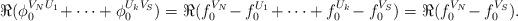
LaTeX: \begin{align*}\Re (\phi^{V_NU_1}_0 \!+ \dots + \phi^{U_kV_S}_0) = \Re (f^{V_N}_0 \!- f^{U_1}_0 \!+ \dots + f^{U_k}_0 \!- f^{V_S}_0) = \Re(f^{V_N}_0 \!- f^{V_S}_0) \rlap{.} \end{align*}